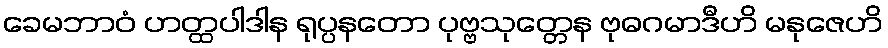
ခေမဘာဝံ ဟတ္ထပါဒါန ရုပ္ပနတော ပုဗ္ဗသုတ္တေန ဗုဓဂမာဒီဟိ မနုဇေဟိ